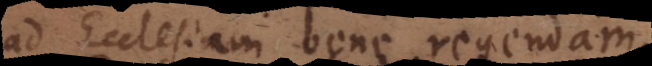
ad Ecclesiam bene regendam.